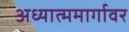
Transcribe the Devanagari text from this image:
अध्यात्ममार्गावर